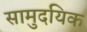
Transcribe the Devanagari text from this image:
सामुदयिक